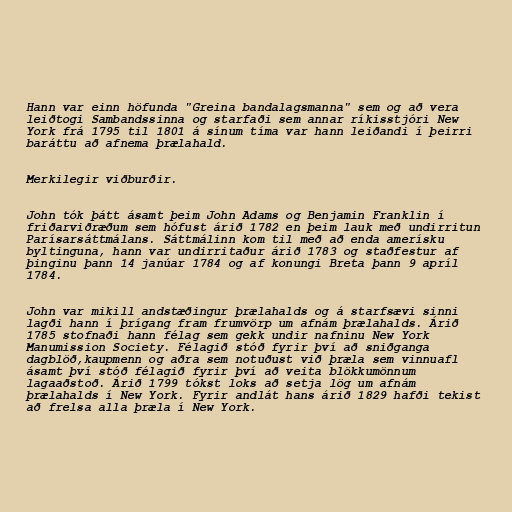
Hann var einn höfunda "Greina bandalagsmanna" sem og að vera
leiðtogi Sambandssinna og starfaði sem annar ríkisstjóri New
York frá 1795 til 1801 á sínum tíma var hann leiðandi í þeirri
baráttu að afnema þrælahald.

Merkilegir viðburðir.

John tók þátt ásamt þeim John Adams og Benjamin Franklin í
friðarviðræðum sem hófust árið 1782 en þeim lauk með undirritun
Parísarsáttmálans. Sáttmálinn kom til með að enda amerísku
byltinguna, hann var undirritaður árið 1783 og staðfestur af
þinginu þann 14 janúar 1784 og af konungi Breta þann 9 apríl
1784.

John var mikill andstæðingur þrælahalds og á starfsævi sinni
lagði hann í þrígang fram frumvörp um afnám þrælahalds. Árið
1785 stofnaði hann félag sem gekk undir nafninu New York
Manumission Society. Félagið stóð fyrir því að sniðganga
dagblöð,kaupmenn og aðra sem notuðust við þræla sem vinnuafl
ásamt því stóð félagið fyrir því að veita blökkumönnum
lagaaðstoð. Árið 1799 tókst loks að setja lög um afnám
þrælahalds í New York. Fyrir andlát hans árið 1829 hafði tekist
að frelsa alla þræla í New York.